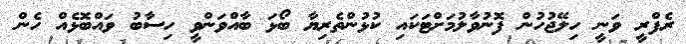
ރެފްރީ ވަނީ ހިލޭޖުހުން ފޮނުވާލުމަށްޓަކައި ކުޅުންތެރިޔާ ބޯޅަ ބާއްވަންވީ ހިސާބު ވައްބޮޅެއް ހެން